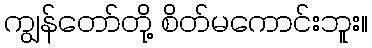
ကျွန်တော်တို့ စိတ်မကောင်းဘူး။